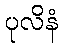
ပုလိနံ